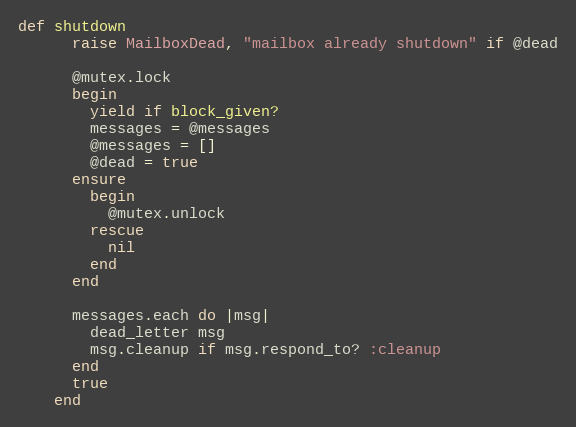
Language: Ruby
def shutdown
      raise MailboxDead, "mailbox already shutdown" if @dead

      @mutex.lock
      begin
        yield if block_given?
        messages = @messages
        @messages = []
        @dead = true
      ensure
        begin
          @mutex.unlock
        rescue
          nil
        end
      end

      messages.each do |msg|
        dead_letter msg
        msg.cleanup if msg.respond_to? :cleanup
      end
      true
    end